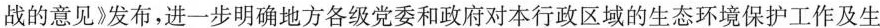
战的意见》发布，进一步明确地方各级党委和政府对本行政区域的生态环境保护工作及生